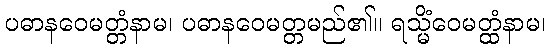
ပဓာနဝေမတ္တံနာမ၊ ပဓာနဝေမတ္တမည်၏။ ရသ္မိံဝေမတ္ထံနာမ၊